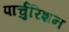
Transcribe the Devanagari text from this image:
पार्चुरिशन